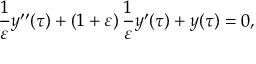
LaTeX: { \frac { 1 } { \varepsilon } } y ^ { \prime \prime } ( \tau ) + \left( { 1 + \varepsilon } \right) { \frac { 1 } { \varepsilon } } y ^ { \prime } ( \tau ) + y ( \tau ) = 0 ,